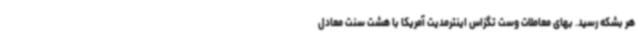
هر بشکه رسید. بهای معاملات وست تگزاس اینترمدیت آمریکا با هشت سنت معادل